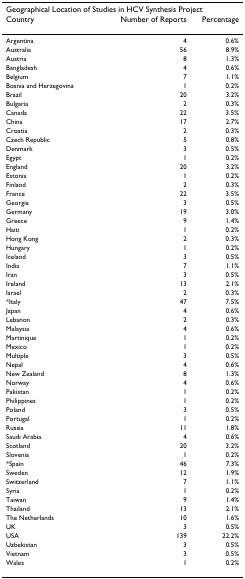
<table><thead><tr><td colspan="3"><b>Geographical Location of Studies in HCV Synthesis Project</b></td></tr><tr><td><b>Country</b></td><td><b>Number of Reports</b></td><td><b>Percentage</b></td></tr></thead><tbody><tr><td>Argentina</td><td>4</td><td>0.6%</td></tr><tr><td>Australia</td><td>56</td><td>8.9%</td></tr><tr><td>Austria</td><td>8</td><td>1.3%</td></tr><tr><td>Bangladesh</td><td>4</td><td>0.6%</td></tr><tr><td>Belgium</td><td>7</td><td>1.1%</td></tr><tr><td>Bosnia and Herzegovina</td><td>1</td><td>0.2%</td></tr><tr><td>Brazil</td><td>20</td><td>3.2%</td></tr><tr><td>Bulgaria</td><td>2</td><td>0.3%</td></tr><tr><td>Canada</td><td>22</td><td>3.5%</td></tr><tr><td>China</td><td>17</td><td>2.7%</td></tr><tr><td>Croatia</td><td>2</td><td>0.3%</td></tr><tr><td>Czech Republic</td><td>5</td><td>0.8%</td></tr><tr><td>Denmark</td><td>3</td><td>0.5%</td></tr><tr><td>Egypt</td><td>1</td><td>0.2%</td></tr><tr><td>England</td><td>20</td><td>3.2%</td></tr><tr><td>Estonia</td><td>1</td><td>0.2%</td></tr><tr><td>Finland</td><td>2</td><td>0.3%</td></tr><tr><td>France</td><td>22</td><td>3.5%</td></tr><tr><td>Georgia</td><td>3</td><td>0.5%</td></tr><tr><td>Germany</td><td>19</td><td>3.0%</td></tr><tr><td>Greece</td><td>9</td><td>1.4%</td></tr><tr><td>Haiti</td><td>1</td><td>0.2%</td></tr><tr><td>Hong Kong</td><td>2</td><td>0.3%</td></tr><tr><td>Hungary</td><td>1</td><td>0.2%</td></tr><tr><td>Iceland</td><td>3</td><td>0.5%</td></tr><tr><td>India</td><td>7</td><td>1.1%</td></tr><tr><td>Iran</td><td>3</td><td>0.5%</td></tr><tr><td>Ireland</td><td>13</td><td>2.1%</td></tr><tr><td>Israel</td><td>2</td><td>0.3%</td></tr><tr><td>*Italy</td><td>47</td><td>7.5%</td></tr><tr><td>Japan</td><td>4</td><td>0.6%</td></tr><tr><td>Lebanon</td><td>2</td><td>0.3%</td></tr><tr><td>Malaysia</td><td>4</td><td>0.6%</td></tr><tr><td>Martinique</td><td>1</td><td>0.2%</td></tr><tr><td>Mexico</td><td>1</td><td>0.2%</td></tr><tr><td>Multiple</td><td>3</td><td>0.5%</td></tr><tr><td>Nepal</td><td>4</td><td>0.6%</td></tr><tr><td>New Zealand</td><td>8</td><td>1.3%</td></tr><tr><td>Norway</td><td>4</td><td>0.6%</td></tr><tr><td>Pakistan</td><td>1</td><td>0.2%</td></tr><tr><td>Philippines</td><td>1</td><td>0.2%</td></tr><tr><td>Poland</td><td>3</td><td>0.5%</td></tr><tr><td>Portugal</td><td>1</td><td>0.2%</td></tr><tr><td>Russia</td><td>11</td><td>1.8%</td></tr><tr><td>Saudi Arabia</td><td>4</td><td>0.6%</td></tr><tr><td>Scotland</td><td>20</td><td>3.2%</td></tr><tr><td>Slovenia</td><td>1</td><td>0.2%</td></tr><tr><td>*Spain</td><td>46</td><td>7.3%</td></tr><tr><td>Sweden</td><td>12</td><td>1.9%</td></tr><tr><td>Switzerland</td><td>7</td><td>1.1%</td></tr><tr><td>Syria</td><td>1</td><td>0.2%</td></tr><tr><td>Taiwan</td><td>9</td><td>1.4%</td></tr><tr><td>Thailand</td><td>13</td><td>2.1%</td></tr><tr><td>The Netherlands</td><td>10</td><td>1.6%</td></tr><tr><td>UK</td><td>3</td><td>0.5%</td></tr><tr><td>USA</td><td>139</td><td>22.2%</td></tr><tr><td>Uzbekistan</td><td>3</td><td>0.5%</td></tr><tr><td>Vietnam</td><td>3</td><td>0.5%</td></tr><tr><td>Wales</td><td>1</td><td>0.2%</td></tr></tbody></table>